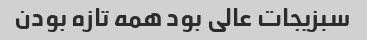
سبزیجات عالی بود همه تازه بودن